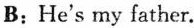
B: He's my father.